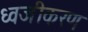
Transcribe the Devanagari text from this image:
ध्वजीकरण